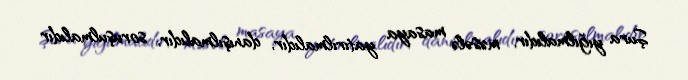
Şura yığılmalıdır, məsələ masaya yatırılmalıdır, danışılmalıdır, soruşulmalıdır